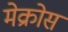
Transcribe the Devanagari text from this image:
मेक्रोस